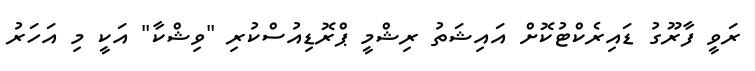
ރަވީ ފާރޫގު ޑައިރެކްޓުކޮށް އައިޝަތު ރިޝްމީ ޕްރޮޑިއުސްކުރި "ވިޝްކާ" އަކީ މި އަހަރު